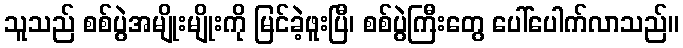
သူသည် စစ်ပွဲအမျိုးမျိုးကို မြင်ခဲ့ဖူးပြီ၊ စစ်ပွဲကြီးတွေ ပေါ်ပေါက်လာသည်။